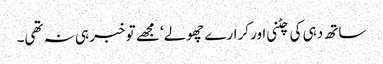
ساتھ دہی کی چٹنی اور کرارے چھولے‘ مجھے تو خبر ہی نہ تھی۔